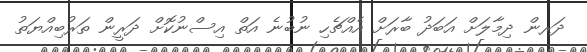
ދަރން ދިމާލަށް އަބަދު ބާރަށް އެއްޗެހި ނުބުނެ އަތް އިސްނުކޮށް ދަރީން ތަރުބިއްޔަތު